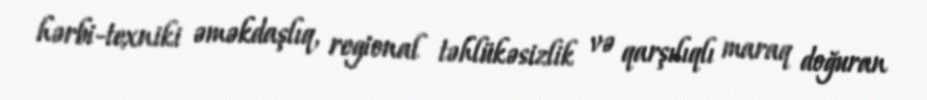
hərbi-texniki əməkdaşlıq, regional təhlükəsizlik və qarşılıqlı maraq doğuran